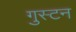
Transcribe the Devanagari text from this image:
गुस्टन